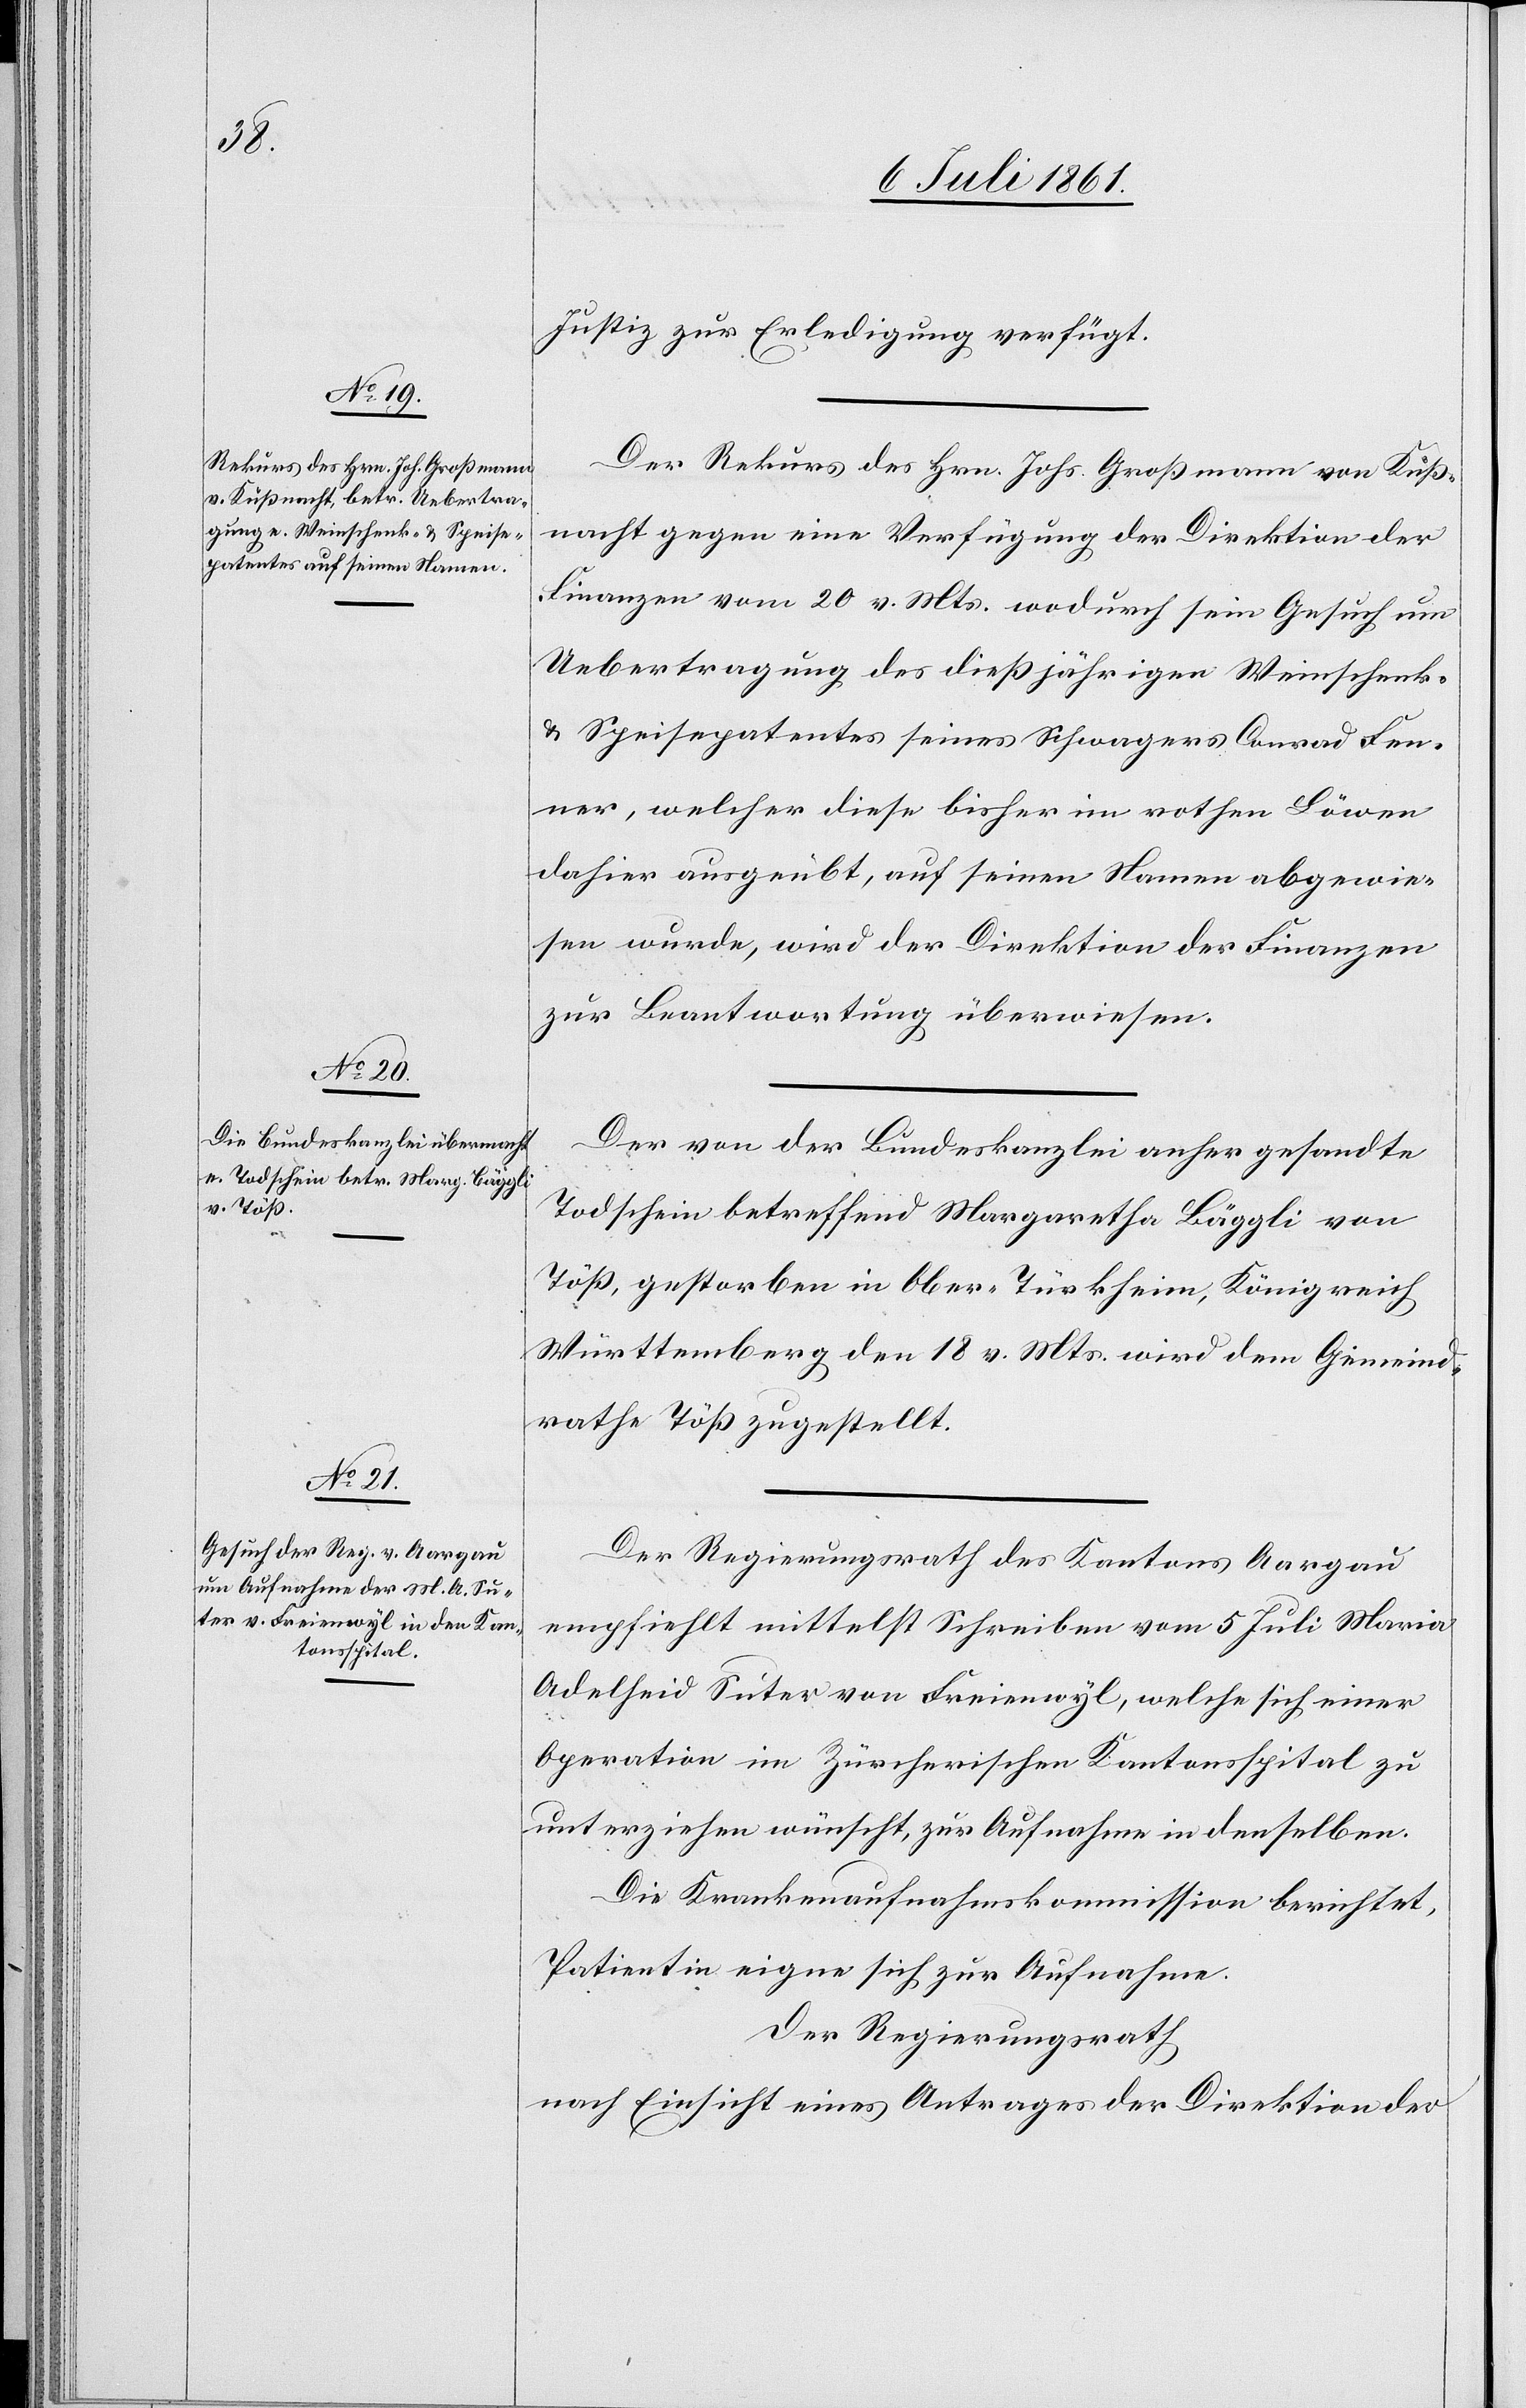
Justiz zur Erledigung verfügt.
Der Rekurs des Hrn. Johs. Großmann von Küß¬
nacht gegen eine Verfügung der Direktion der
Finanzen vom 20 v. Mts. wodurch sein Gesuch um
Uebertragung des dießjährigen Weinschenk-
u. Speisepatentes seines Schwagers Conrad Lun¬
ner, welcher diese bisher im rothen Löwen
dahier ausgeübt, auf seinen Namen abgewie¬
sen wurde, wird der Direktion der Finanzen
zur Beantwortung überwiesen.
Der von der Bundeskanzlei anher gesandte
Todschein betreffend Margaretha Bäggli von
Töß, gestorben in Ober-Türkheim, Königreich
Württemberg den 18 v. Mts. wird dem Gemeind¬
rathe Töß zugestellt.
Der Regierungsrath des Kantons Aargau
empfiehlt mittelst Schreiben vom 5 Juli Maria
Adelheid Suter von Freienwyl, welche sich einer
Operation im Zürcherischen Kantonsspital zu
unterziehen wünscht, zur Aufnahme in denselben.
Die Krankenaufnahmskommission berichtet,
Patientin eigne sich zur Aufnahme.
Der Regierungsrath
nach Einsicht eines Antrages der Direktion der